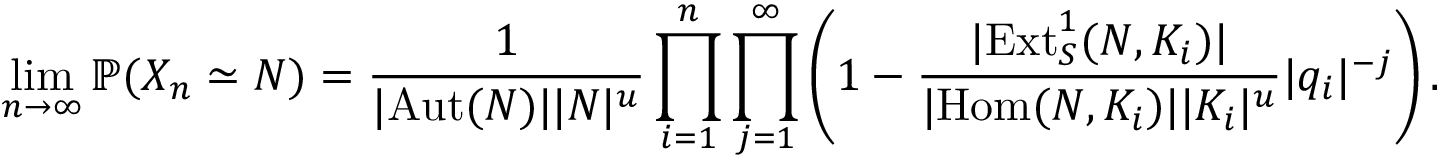
\operatorname* { l i m } _ { n \to \infty } \mathbb { P } ( X _ { n } \simeq N ) = \frac { 1 } { | \mathrm { A u t } ( N ) | | N | ^ { u } } \prod _ { i = 1 } ^ { n } \prod _ { j = 1 } ^ { \infty } \left( 1 - \frac { | \mathrm { E x t } _ { S } ^ { 1 } ( N , K _ { i } ) | } { | \mathrm { H o m } ( N , K _ { i } ) | | K _ { i } | ^ { u } } | q _ { i } | ^ { - j } \right) .